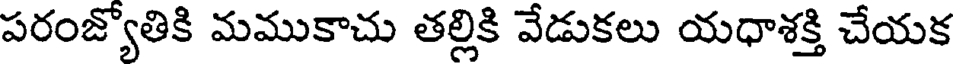
పరంజ్యోతికి మముకాచు తల్లికి వేడుకలు యధాశక్తి చేయక